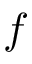
\boldsymbol { f }